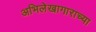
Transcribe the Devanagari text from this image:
अभिलेखागाराच्या